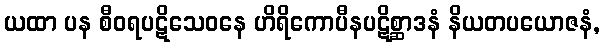
ယထာ ပန စီဝရပဋိသေဝနေ ဟိရိကောပီနပဋိစ္ဆာဒနံ နိယတပယောဇနံ,